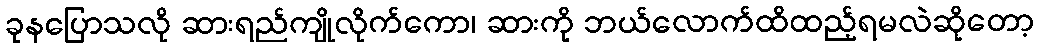
ခုနပြောသလို ဆားရည်ကျိုလိုက်ကော၊ ဆားကို ဘယ်လောက်ထိထည့်ရမလဲဆိုတော့